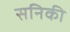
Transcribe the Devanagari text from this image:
सनिकी